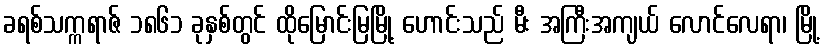
ခရစ်သက္ကရာဇ် ၁၈၆၁ ခုနှစ်တွင် ထိုမြောင်းမြမြို့ ဟောင်းသည် မီး အကြီးအကျယ် လောင်လေရာ၊ မြို့